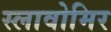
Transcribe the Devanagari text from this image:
स्लावोमिर